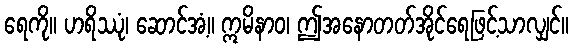
ရေကို။ ဟရိဿုံ၊ ဆောင်အံ့။ ဣမိနာဝ၊ ဤအနောတတ်အိုင်ရေဖြင့်သာလျှင်။